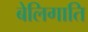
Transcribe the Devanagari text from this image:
बेलिगाति